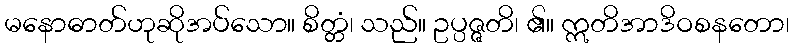
မနောဓာတ်ဟုဆိုအပ်သော။ စိတ္တံ၊ သည်။ ဥပ္ပဇ္ဇတိ၊ ၏။ ဣတိအာဒိဝစနတော၊